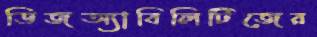
ডিজঅ্যাবিলিটিজের